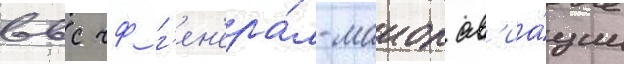
ввс чф г'ен'ера́л-маиор ав'иа́ции